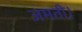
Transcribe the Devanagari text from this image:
जमती।